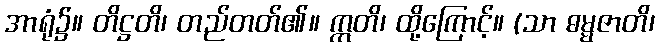
အာရုံ၌။ တိဋ္ဌတိ၊ တည်တတ်၏။ ဣတိ၊ ထို့ကြောင့်။ (သာ ဓမ္မဇာတိ၊